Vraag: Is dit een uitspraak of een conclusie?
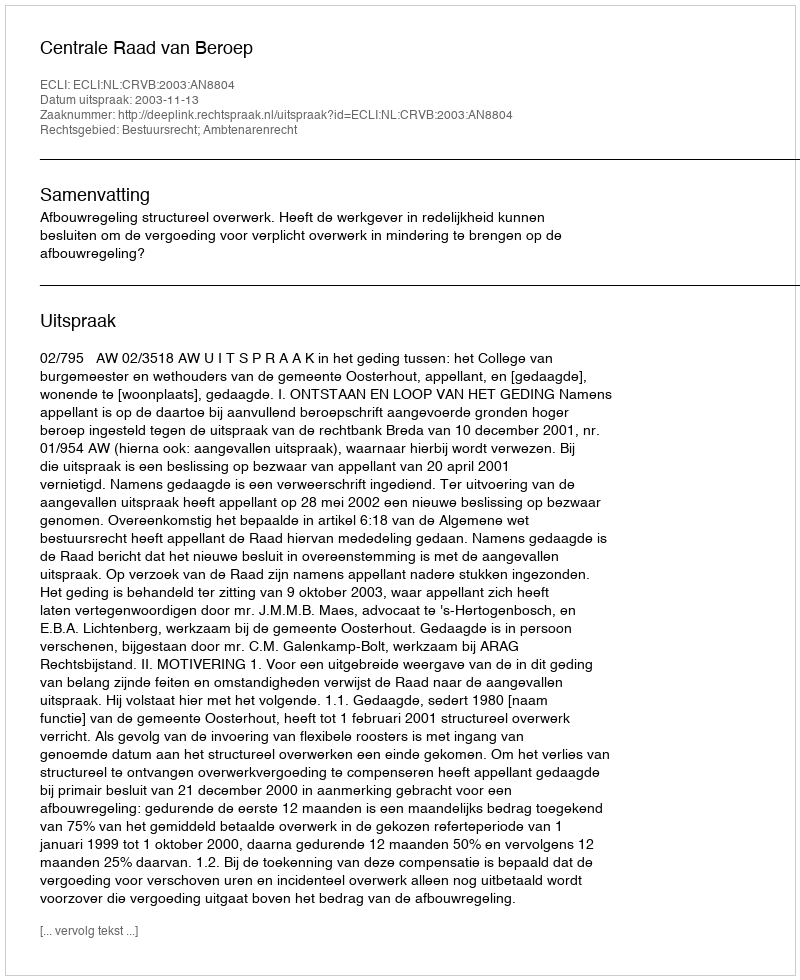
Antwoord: Uitspraak